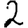
Digit: 2